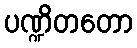
ပဏ္ဍိတတော